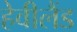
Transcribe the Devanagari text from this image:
हेवीलैंड